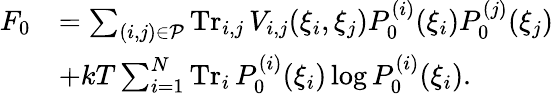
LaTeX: {\begin{array}{rl}{F_{0}}&{=\sum_{(i,j)\in{\mathcal{P}}}\operatorname{Tr}_{i,j}V_{i,j}(\xi_{i},\xi_{j})P_{0}^{(i)}(\xi_{i})P_{0}^{(j)}(\xi_{j})}\\ &{+kT\sum_{i=1}^{N}\operatorname{Tr}_{i}P_{0}^{(i)}(\xi_{i})\log P_{0}^{(i)}(\xi_{i}).}\end{array}}